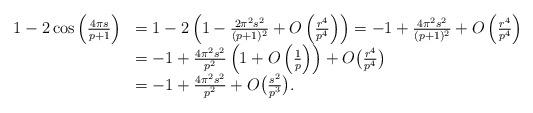
LaTeX: \begin{align*}\begin{array}{ll}1-2\cos\left(\frac{4\pi s}{p+1}\right) & = 1-2\left(1-\frac{2\pi^2s^2}{(p+1)^2} + O\left(\frac{r^4}{p^4}\right)\right) = -1 + \frac{4\pi^2s^2}{(p+1)^2}+O\left(\frac{r^4}{p^4}\right) \\&= -1 + \frac{4\pi^2s^2}{p^2}\left(1+O\left(\frac{1}{p}\right)\right)+O\big(\frac{r^4}{p^4}\big)\\& = -1 +\frac{4\pi^2s^2}{p^2} + O\big(\frac{s^2}{p^3}\big).\end{array}\end{align*}